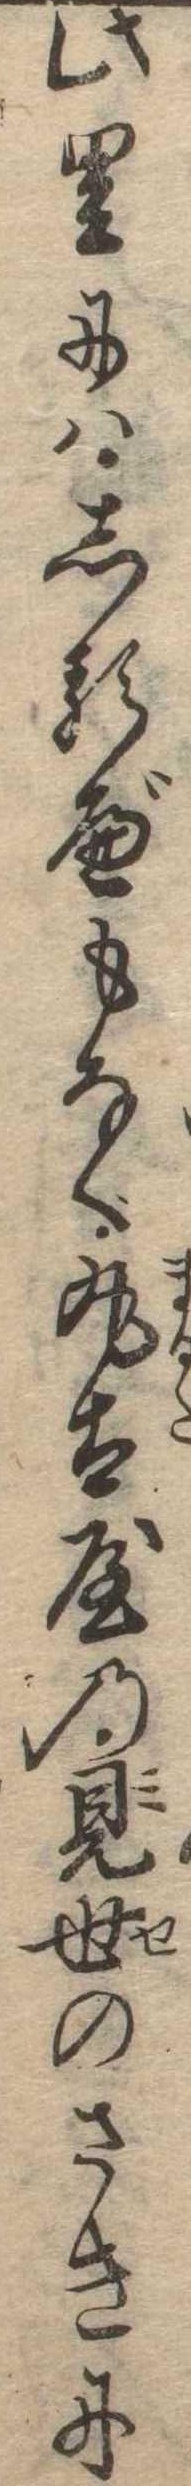
此里にはしるべもなく丸太屋の見世のさきに